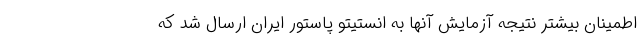
اطمینان بیشتر نتیجه آزمایش آنها به انستیتو پاستور ایران ارسال شد که